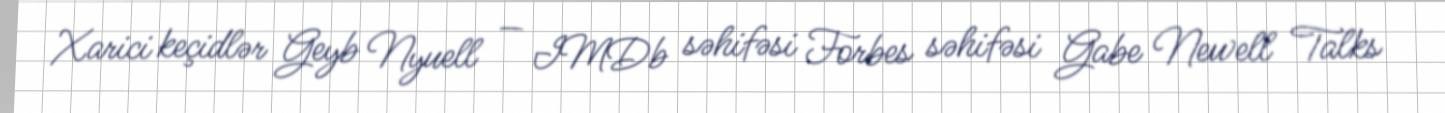
Xarici keçidlər Geyb Nyuell — IMDb səhifəsi Forbes səhifəsi Gabe Newell Talks